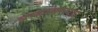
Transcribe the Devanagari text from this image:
ब्रम्हस्वरुपात